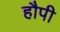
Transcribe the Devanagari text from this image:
हौपी